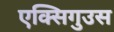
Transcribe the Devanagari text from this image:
एक्सिगुउस